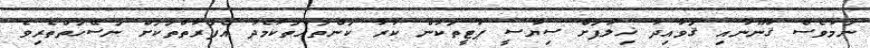
ނަމަވެސް ޤާނޫނާއި ޤަވާއިދާ ޚިލާފަށް ސިޔާސީ ޕާޓީތަކުން ކުރާ ކަންތައްތަކާމެދު އެފަރާތްތަކަށް ނަސޭހަތްތެރިވެ